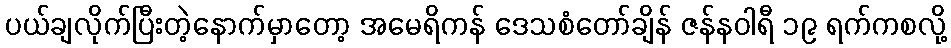
ပယ်ချလိုက်ပြီးတဲ့နောက်မှာတော့ အမေရိကန် ဒေသစံတော်ချိန် ဇန်နဝါရီ ၁၉ ရက်ကစလို့